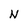
Character: N